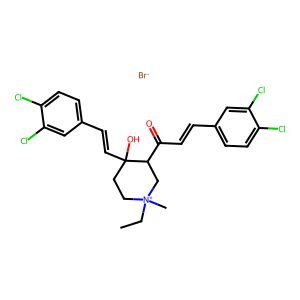
SMILES: CC[N+]1(C)CCC(O)(C=Cc2ccc(Cl)c(Cl)c2)C(C(=O)C=Cc2ccc(Cl)c(Cl)c2)C1.[Br-]
Inhibits HIV replication: No